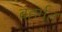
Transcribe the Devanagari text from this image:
बहर्गत